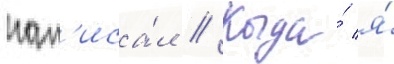
нап'иса́л // Когда́ я́